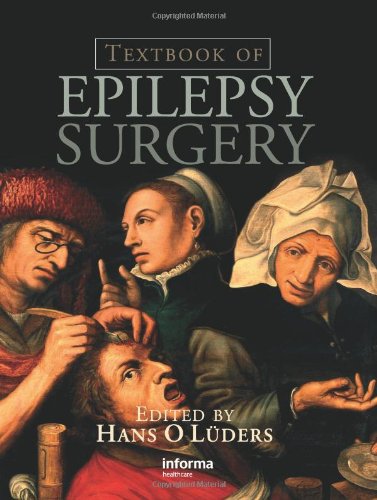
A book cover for Textbook of Epilepsy Surgery; Health, Fitness & Dieting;